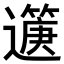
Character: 𨘟